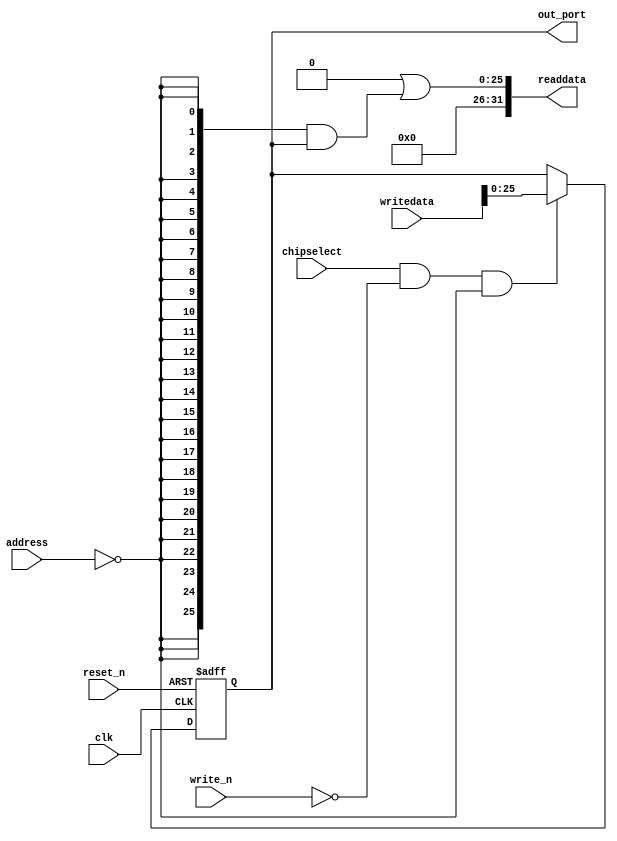
module NIOS_SYSTEMV3_FIFO_SUM_SQ_DATA (
                                        // inputs:
                                         address,
                                         chipselect,
                                         clk,
                                         reset_n,
                                         write_n,
                                         writedata,

                                        // outputs:
                                         out_port,
                                         readdata
                                      )
;

  output  [ 25: 0] out_port;
  output  [ 31: 0] readdata;
  input   [  1: 0] address;
  input            chipselect;
  input            clk;
  input            reset_n;
  input            write_n;
  input   [ 31: 0] writedata;

  wire             clk_en;
  reg     [ 25: 0] data_out;
  wire    [ 25: 0] out_port;
  wire    [ 25: 0] read_mux_out;
  wire    [ 31: 0] readdata;
  assign clk_en = 1;
  //s1, which is an e_avalon_slave
  assign read_mux_out = {26 {(address == 0)}} & data_out;
  always @(posedge clk or negedge reset_n)
    begin
      if (reset_n == 0)
          data_out <= 0;
      else if (chipselect && ~write_n && (address == 0))
          data_out <= writedata[25 : 0];
    end


  assign readdata = {32'b0 | read_mux_out};
  assign out_port = data_out;

endmodule